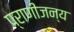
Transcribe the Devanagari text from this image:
प्राणीजन्य